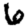
Digit: 6